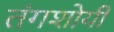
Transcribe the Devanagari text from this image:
तंगशोयी